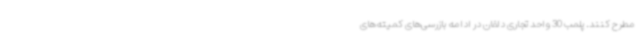
مطرح کنند. پلمب 30 واحد تجاری دلفان در ادامه بازرسی‌های کمیته‌های